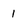
Character: 1